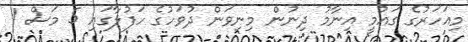
މިއަހަރުގެ ގައުމީ އިނާމު ދިނުން މިނިވަން ދުވަހުގެ ހަފުލާގައި 5 މަސް 1